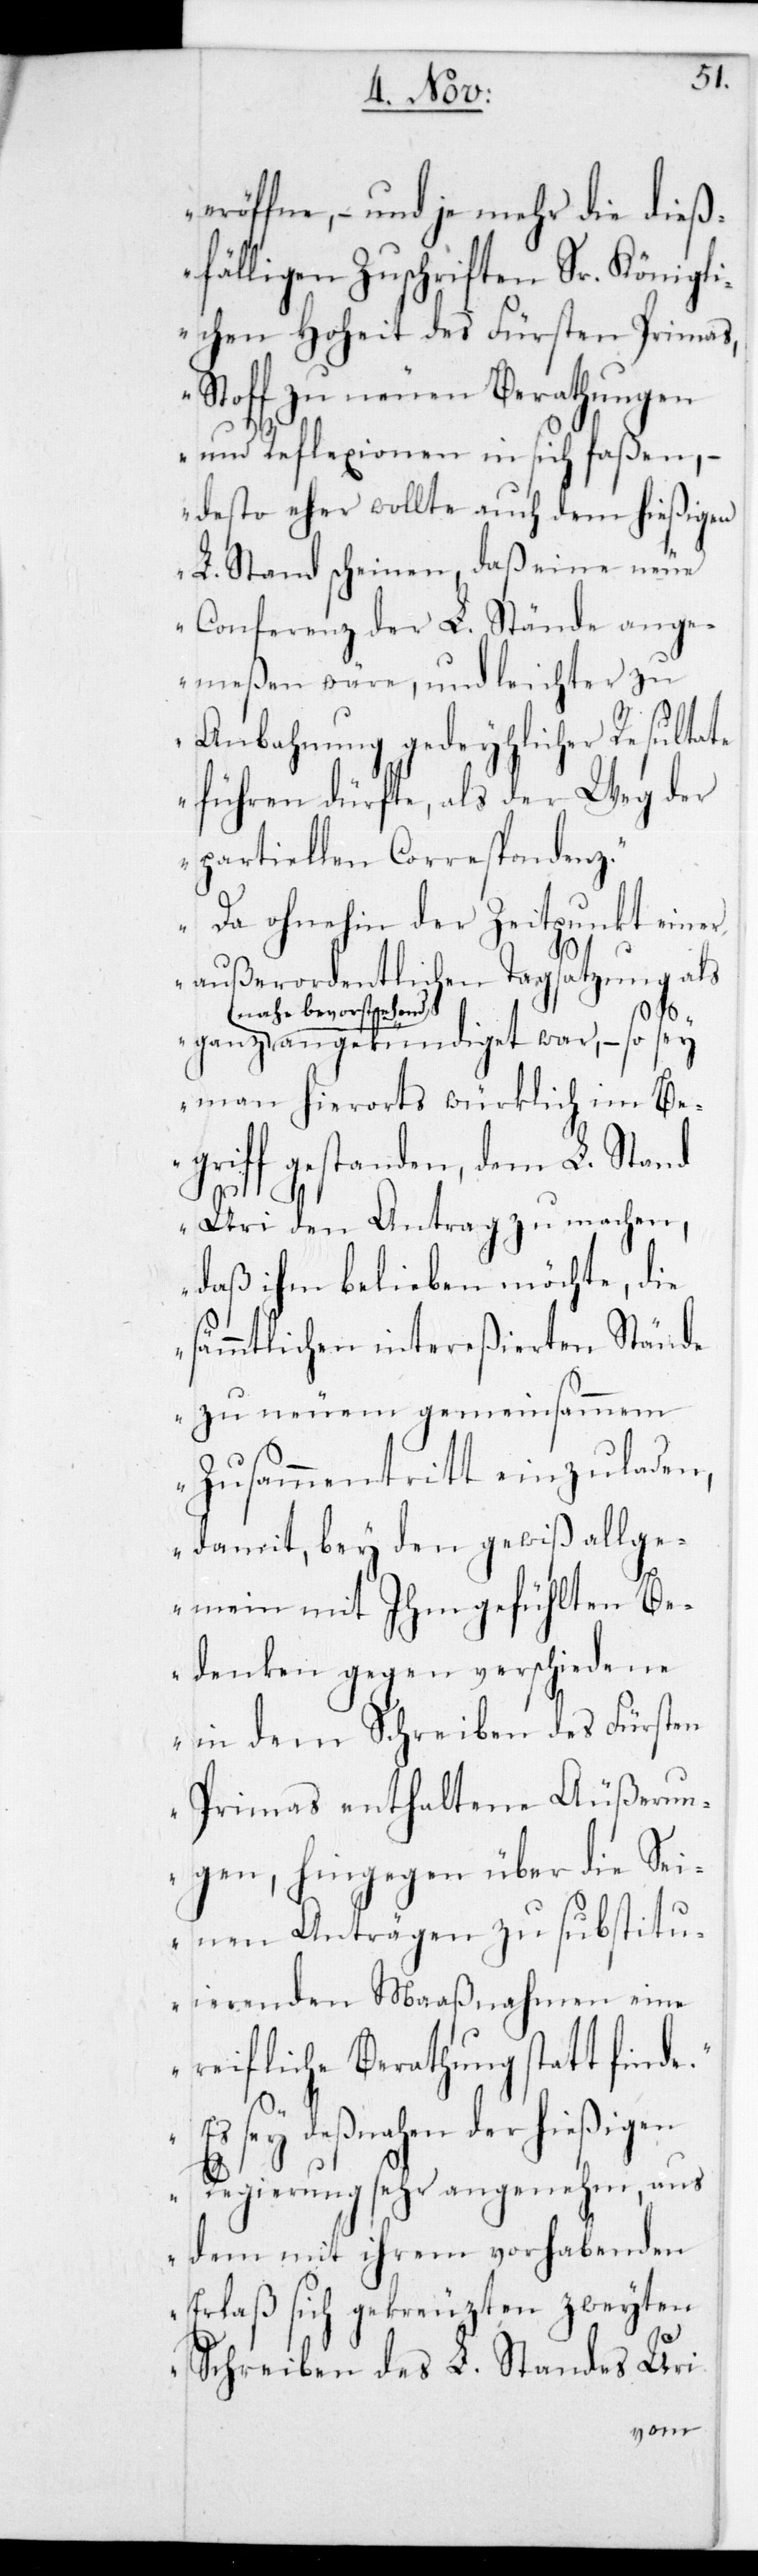
eröffne, – und je mehr die dieß¬
fälligen Zuschriften Sr. Königli¬
chen Hoheit des Fürsten Primas,
Stoff zu neuen Berathungen
und Reflexionen in sich faßen, –
desto eher wollte auch dem hießigen
L. Stand scheinen, daß eine neue
Conferenz der L. Stände ange¬
meßen wäre, und leichter zu
Anbahnung gedeyhlicher Resultate
führen dürfte, als der Weg der
partiellen Correspondez.
Da ohnehin der Zeitpunkt einer
außerordentlichen Tagsatzung als
a-nahe bevorstehend-a
angekündiget war, – so sey
man hierorts würklich im Be¬
griff gestanden, dem L. Stand
Uri den Antrag zu machen,
daß ihm belieben möchte, die
sämmtlichen intereßierten Stände
zu neuem gemeinsammem
Zusammentritt einzuladen,
damit bey den gewiß allge¬
mein mit Ihm gefühlten Be¬
denken gegen verschiedene
in dem Schreiben des Fürsten
Primas enthaltene Äußerun¬
gen, hingegen über die sei¬
nen Anträgen zu substitu¬
ierenden Maaßnahmen eine
reifliche Berathung statt finde.
Es sey deßnahen der hießigen
Regierung sehr angenehm, aus
dem mit ihrem vorhabenden
Erlaß sich gekreuzten zweyten
Schreiben des L. Standes Uri